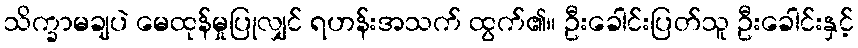
သိက္ခာမချပဲ မေထုန်မှုပြုလျှင် ရဟန်းအသက် ထွက်၏။ ဦးခေါင်းပြတ်သူ ဦးခေါင်းနှင့်